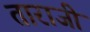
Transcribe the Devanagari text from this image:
ताराजी